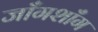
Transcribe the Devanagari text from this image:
जाँगशाँग